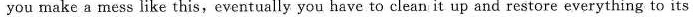
you make a mess like this,eventually you have to clean it up and restore everything to its